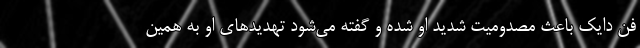
فن دایک باعث مصدومیت شدید او شده و گفته می‌شود تهدیدهای او به همین